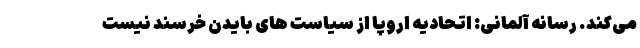
می‌کند. رسانه آلمانی: اتحادیه اروپا از سیاست های بایدن خرسند نیست